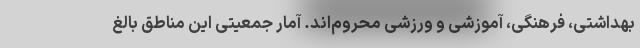
بهداشتی، فرهنگی، آموزشی و ورزشی محروم‌اند. آمار جمعیتی این مناطق بالغ